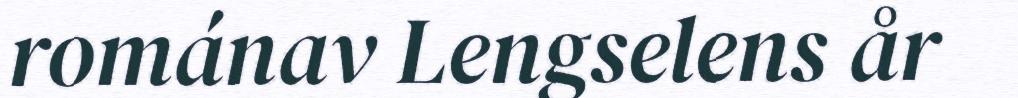
románav Lengselens år